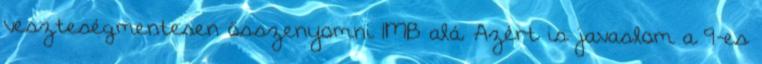
veszteségmentesen összenyomni 1MB alá. Azért is javaslom a 9-es